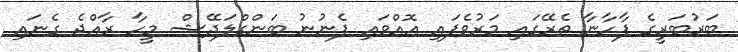
ބަރުބަރީގެ ފާހާނާ ތެރޭގައި މަރުވެފައި އޮއްވައި ފެނުނު ބަންގްލަދޭޝް މީހާ ރާއްޖެ ގެނައި